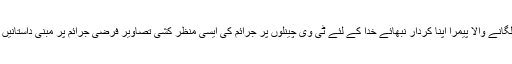
الیکٹرانک میڈیا پر قدغن لگانے والا پیمرا اپنا کردار نبھائے خدا کے لئے ٹی وی چینلوں پر جرائم کی ایسی منظر کشی تصاویر فرضی جرائم پر مبنی داستانیں ڈراموں پر پابندی لگائیں۔